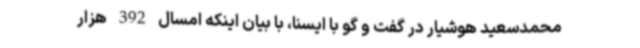
محمدسعید هوشیار در گفت و گو با ایسنا، با بیان اینکه امسال 392 هزار